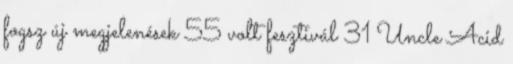
fogsz új megjelenések 55 volt fesztivál 31 Uncle Acid